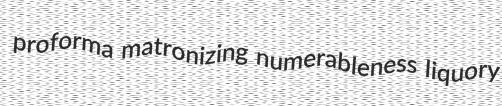
proforma matronizing numerableness liquory